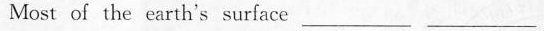
Most of the earth's surface ___ ___